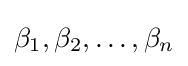
\beta _{1},\beta _{2},\ldots ,\beta _{n}